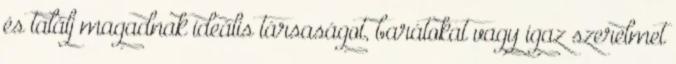
és találj magadnak ideális társaságot, barátokat vagy igaz szerelmet